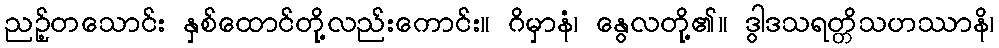
ညဉ့်တသောင်း နှစ်ထောင်တို့လည်းကောင်း။ ဂိမှာနံ၊ နွေလတို့၏။ ဒွါဒသရတ္တိသဟဿာနိ၊